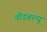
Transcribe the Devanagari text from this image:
वीडबल्यू